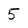
Character: 5